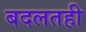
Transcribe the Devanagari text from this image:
बदलतही